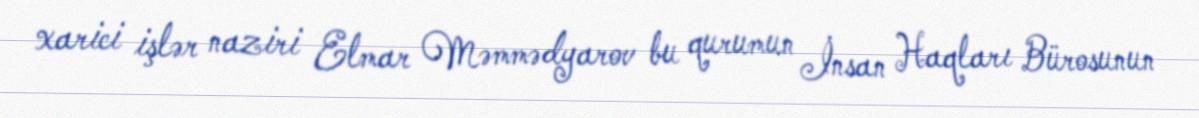
xarici işlər naziri Elmar Məmmədyarov bu qurumun İnsan Haqları Bürosunun